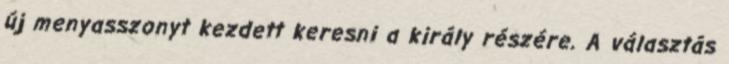
új menyasszonyt kezdett keresni a király részére. A választás